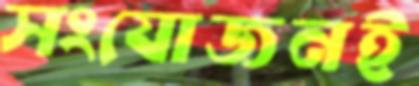
সংযোজনই